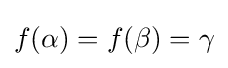
f(\alpha )=f(\beta )=\gamma